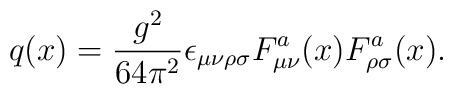
q(x) = {g^2\over 64\pi^2} \epsilon_{\mu\nu\rho\sigma}F_{\mu\nu}^a(x)F_{\rho\sigma}^a(x).